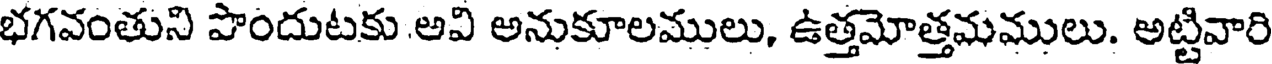
భగవంతుని పొందుటకు అవి అనుకూలములు, ఉత్తమోత్తమములు. అట్టివారి